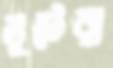
লুটেরা